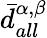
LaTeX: \bar{d}_{all}^{\alpha,\beta}